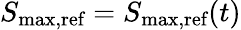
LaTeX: S_{\textrm{max,ref}}=S_{\textrm{max,ref}}(t)